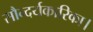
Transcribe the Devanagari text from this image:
सौन्दर्यकारिका।